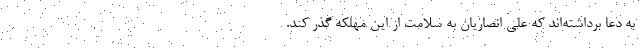
به دعا برداشته‌اند که علی انصاریان به سلامت از این مهلکه گذر کند.